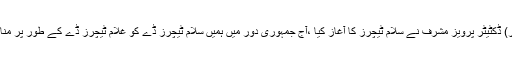
جھنگ (تحصیل رپورٹر) ڈکٹیٹر پرویز مشرف نے سلام ٹیچرز کا آغاز کیا ،آج جمہوری دور میں ہمیں سلام ٹیچرز ڈے کو غلام ٹیچرز ڈے کے طور پر منانے پر مجبور کردیاگیا۔